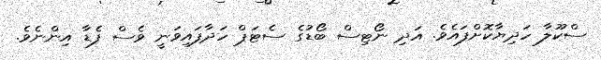
ސްކޫލާ ހަދިޔާކޮށްފައެވެ. އަދި ނޯޓިސް ބޯޑުގެ ސެޓަޕް ހަދާފައިވަނީ ވެސް ފެޑާ އިންނެވެ.